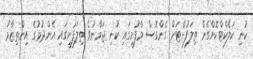
ކުނި ކަލެކްޓްކޮށްގެން ތިލަފުށްޓަށް ގެންގޮސް މާފުށީގައި ކުނި ޖަމާނުވެ ތިލަފުށީގައި އެންދުމުގެ އިންތިޒާމު